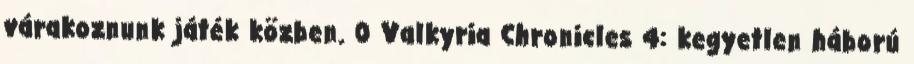
várakoznunk játék közben. 0 Valkyria Chronicles 4: kegyetlen háború